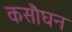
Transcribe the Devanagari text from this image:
कसौघन